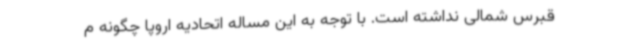
قبرس شمالی نداشته است. با توجه به این مساله اتحادیه اروپا چگونه م